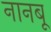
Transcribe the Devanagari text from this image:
नानबू